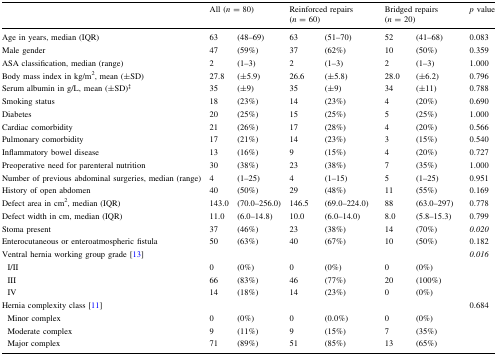
<table><thead><tr><td></td><td colspan="2"><b>All (<i>n</i> = 80)</b></td><td colspan="2"><b>Reinforced repairs (<i>n</i> = 60)</b></td><td colspan="2"><b>Bridged repairs (<i>n</i> = 20)</b></td><td><b><i>p</i> value</b></td></tr></thead><tbody><tr><td>Age in years, median (IQR)</td><td>63</td><td>(48–69)</td><td>63</td><td>(51–70)</td><td>52</td><td>(41–68)</td><td>0.083</td></tr><tr><td>Male gender</td><td>47</td><td>(59%)</td><td>37</td><td>(62%)</td><td>10</td><td>(50%)</td><td>0.359</td></tr><tr><td>ASA classification, median (range)</td><td>2</td><td>(1–3)</td><td>2</td><td>(1–3)</td><td>2</td><td>(1–3)</td><td>1.000</td></tr><tr><td>Body mass index in kg/m<sup>2</sup>, mean (±SD)</td><td>27.8</td><td>(±5.9)</td><td>26.6</td><td>(±5.8)</td><td>28.0</td><td>(±6.2)</td><td>0.796</td></tr><tr><td>Serum albumin in g/L, mean (±SD)<sup>‡</sup></td><td>35</td><td>(±9)</td><td>35</td><td>(±9)</td><td>34</td><td>(±11)</td><td>0.788</td></tr><tr><td>Smoking status</td><td>18</td><td>(23%)</td><td>14</td><td>(23%)</td><td>4</td><td>(20%)</td><td>0.690</td></tr><tr><td>Diabetes</td><td>20</td><td>(25%)</td><td>15</td><td>(25%)</td><td>5</td><td>(25%)</td><td>1.000</td></tr><tr><td>Cardiac comorbidity</td><td>21</td><td>(26%)</td><td>17</td><td>(28%)</td><td>4</td><td>(20%)</td><td>0.566</td></tr><tr><td>Pulmonary comorbidity</td><td>17</td><td>(21%)</td><td>14</td><td>(23%)</td><td>3</td><td>(15%)</td><td>0.540</td></tr><tr><td>Inflammatory bowel disease</td><td>13</td><td>(16%)</td><td>9</td><td>(15%)</td><td>4</td><td>(20%)</td><td>0.727</td></tr><tr><td>Preoperative need for parenteral nutrition</td><td>30</td><td>(38%)</td><td>23</td><td>(38%)</td><td>7</td><td>(35%)</td><td>1.000</td></tr><tr><td>Number of previous abdominal surgeries, median (range)</td><td>4</td><td>(1–25)</td><td>4</td><td>(1–15)</td><td>5</td><td>(1–25)</td><td>0.951</td></tr><tr><td>History of open abdomen</td><td>40</td><td>(50%)</td><td>29</td><td>(48%)</td><td>11</td><td>(55%)</td><td>0.169</td></tr><tr><td>Defect area in cm<sup>2</sup>, median (IQR)</td><td>143.0</td><td>(70.0–256.0)</td><td>146.5</td><td>(69.0–224.0)</td><td>88</td><td>(63.0–297)</td><td>0.778</td></tr><tr><td>Defect width in cm, median (IQR)</td><td>11.0</td><td>(6.0–14.8)</td><td>10.0</td><td>(6.0–14.0)</td><td>8.0</td><td>(5.8–15.3)</td><td>0.799</td></tr><tr><td>Stoma present</td><td>37</td><td>(46%)</td><td>23</td><td>(38%)</td><td>14</td><td>(70%)</td><td><i>0.020</i></td></tr><tr><td>Enterocutaneous or enteroatmospheric fistula</td><td>50</td><td>(63%)</td><td>40</td><td>(67%)</td><td>10</td><td>(50%)</td><td>0.182</td></tr><tr><td>Ventral hernia working group grade [13]</td><td></td><td></td><td></td><td></td><td></td><td></td><td><i>0.016</i></td></tr><tr><td> I/II</td><td>0</td><td>(0%)</td><td>0</td><td>(0%)</td><td>0</td><td>(0%)</td><td></td></tr><tr><td> III</td><td>66</td><td>(83%)</td><td>46</td><td>(77%)</td><td>20</td><td>(100%)</td><td></td></tr><tr><td> IV</td><td>14</td><td>(18%)</td><td>14</td><td>(23%)</td><td>0</td><td>(0%)</td><td></td></tr><tr><td>Hernia complexity class [11]</td><td></td><td></td><td></td><td></td><td></td><td></td><td>0.684</td></tr><tr><td> Minor complex</td><td>0</td><td>(0%)</td><td>0</td><td>(0.0%)</td><td>0</td><td>(0%)</td><td></td></tr><tr><td> Moderate complex</td><td>9</td><td>(11%)</td><td>9</td><td>(15%)</td><td>7</td><td>(35%)</td><td></td></tr><tr><td> Major complex</td><td>71</td><td>(89%)</td><td>51</td><td>(85%)</td><td>13</td><td>(65%)</td><td></td></tr></tbody></table>